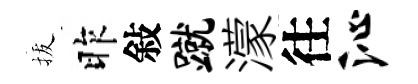
拔昨敍蹴濛往沁